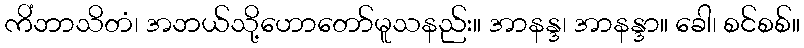
ကိံဘာသိတံ၊ အဘယ်သို့ဟောတော်မူသနည်း။ အာနန္ဒ၊ အာနန္ဒာ။ ခေါ၊ စင်စစ်။